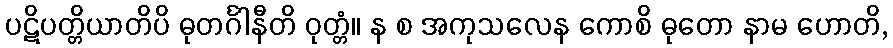
ပဋိပတ္တိယာတိပိ ဓုတင်္ဂါနီတိ ဝုတ္တံ။ န စ အကုသလေန ကောစိ ဓုတော နာမ ဟောတိ,